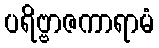
ပရိဗ္ဗာဇကာရာမံ